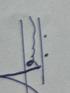
Signature authenticity: genuine